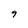
Character: 9